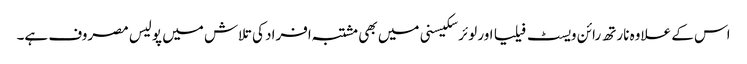
اس کے علاوہ نارتھ رائن ویسٹ فیلیا اور لوئر سکیسنی میں بھی مشتبہ افراد کی تلاش میں پولیس مصروف ہے۔